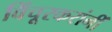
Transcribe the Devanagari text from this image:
विंचूरकरांनीं